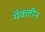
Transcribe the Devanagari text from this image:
मॅक्लीन